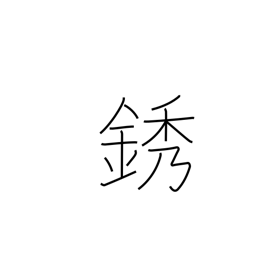
Meaning: rust